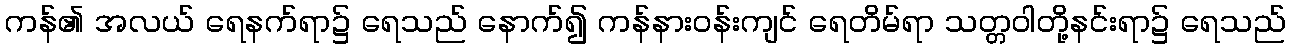
ကန်၏ အလယ် ရေနက်ရာ၌ ရေသည် နောက်၍ ကန်နားဝန်းကျင် ရေတိမ်ရာ သတ္တဝါတို့နင်းရာ၌ ရေသည်